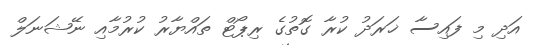
އަދި މި ފައިސާ ޚަރަދު ކުރާ ގޮތުގެ ރިޕޯޓް ތައްޔާރު ކުރުމާއި ނޭޝަނަލް